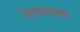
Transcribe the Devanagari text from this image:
शिष्यत्वता